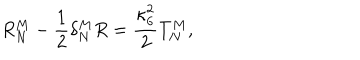
LaTeX: R _ { N } ^ { M } - \frac { 1 } { 2 } \delta _ { N } ^ { M } R = \frac { \kappa _ { 6 } ^ { 2 } } { 2 } T _ { N } ^ { M } ,